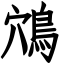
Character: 鴪